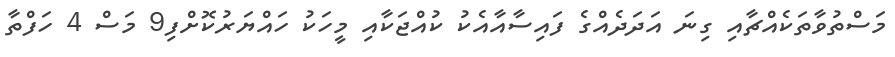
މަސްތުވާތަކެއްޗާއި ގިނަ އަދަދެއްގެ ފައިސާއާއެކު ކުއްޖަކާއި މީހަކު ހައްޔަރުކޮށްފި9 މަސް 4 ހަފްތާ